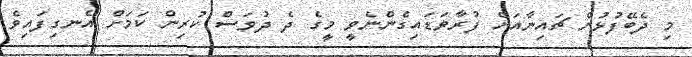
މި ދެބޭފުޅުން ޗައިނާއަށް ފުރާވަޑައިގެންނެވީ މީގެ ދެ ދުވަސް ކުރިން ކަމަށް އެނގިފައިވެ